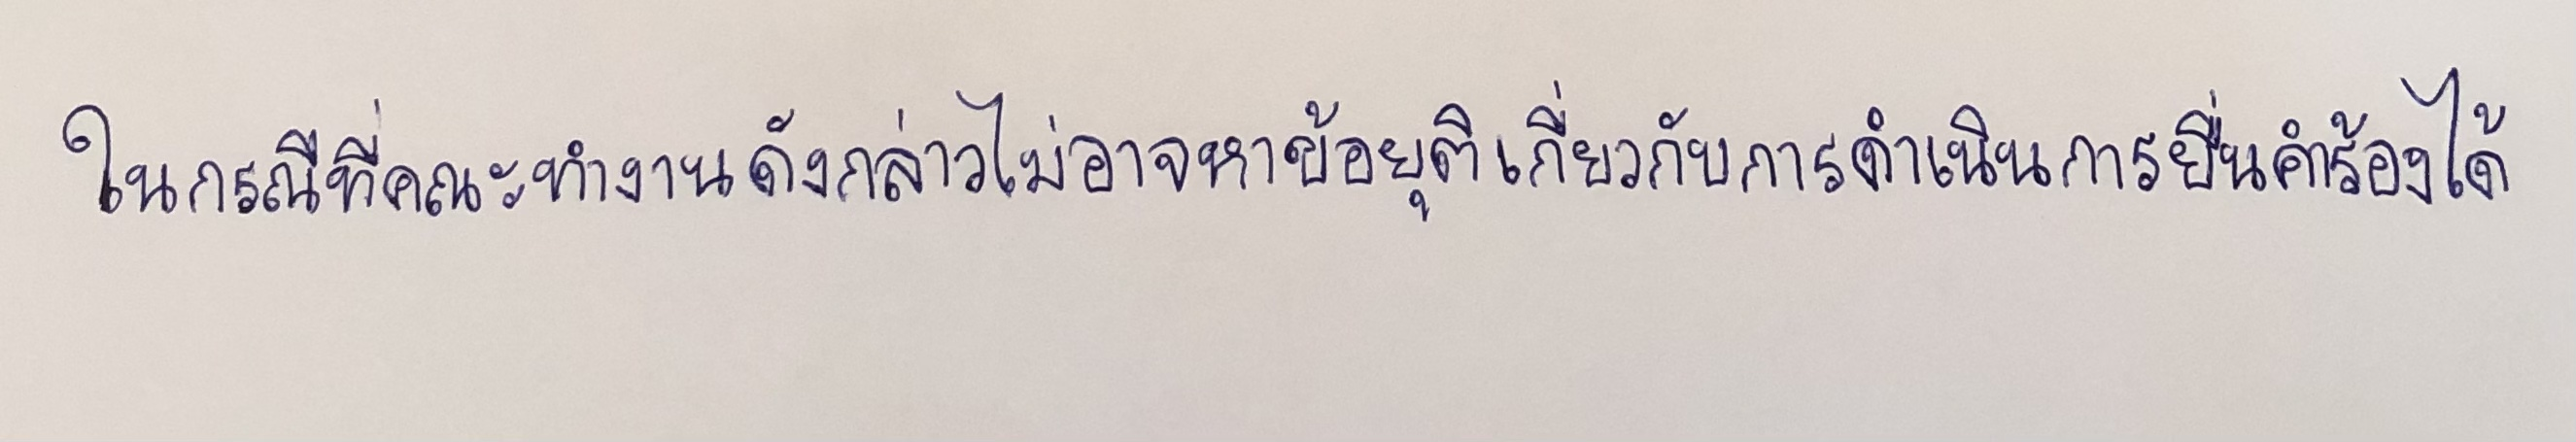
ในกรณีที่คณะทำงานดังกล่าวไม่อาจหาข้อยุติเกี่ยวกับการดำเนินการยื่นคำร้องได้